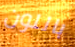
باللون